Civil Veterinary Department. Central Provinces & Berar 1932-41 - 1932-1941
Year: 1932
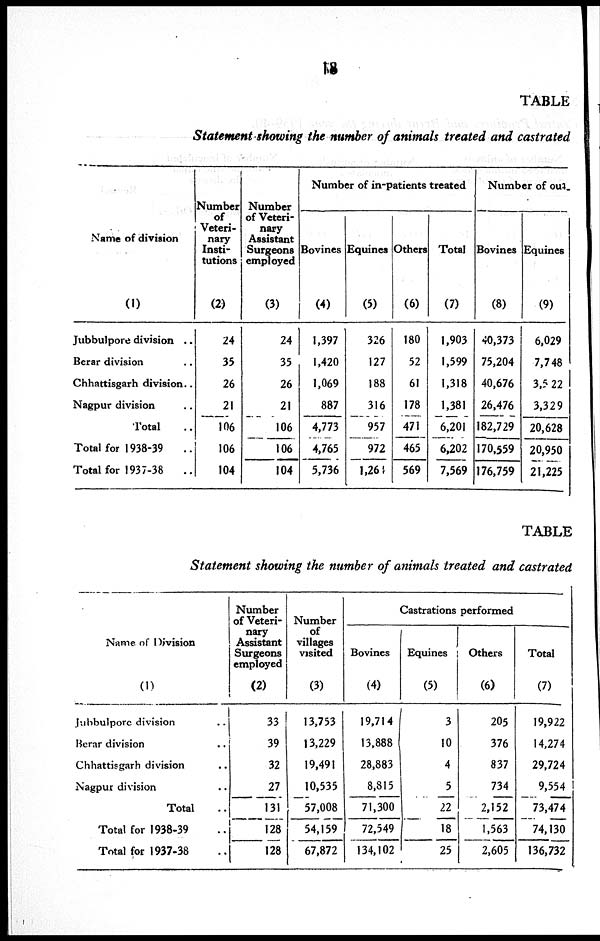
18
TABLE
Statement showing the number of animals treated and castrated
Name of division
(1)
Jubbulpore division ..
Berar division ..
Chhattisgarh division..
Nagpur division ..
Total ..
Total for 1938-39 ..
Total for 1937-38
..
Number
of
Veteri-
nary
Insti-
tutions
(2)
24
35
26
21
106
106
104
Number
of Veteri-
nary
Assistant
Surgeons
employed
(3)
24
35
26
21
106
106
104
Number of in-patients treated
Bovines
(4)
1,397
1,420
1,069
887
4,773
4,765
5,736
Equines
(5)
326
127
188
316
957
972
l,264
Others
(6)
180
52
61
178
471
465
569
Total
(7)
1,903
1,599
1,318
1,381
6,201
6,202
7,569
Number of out-
Bovines
(8)
40,373
75,204
40,676
26,476
182,729
170,559
176,759
Equines
(9)
6,029
7,748
3,5 22
3,329
20,628
20,950
21,225
TABLE
Statement showing the number of animals treated and castrated
Name of Division
(1)
Jubbulpore division ..
Berar division ..
Chhattisgarh division ..
Nagpur division ..
Total ..
Total for 1938-39 ..
Total for 1937-38 ..
Number
of Veteri-
nary
Assistant
Surgeons
employed
(2)
33
39
32
27
131
128
128
Number
of
villages
visited
(3)
13,753
13,229
19,491
10,535
57,008
54,159
67,872
Castrations performed
Bovines
(4)
19,714
13,888
28,883
8,815
71,300
72,549
134,102
Equines
(5)
3
10
4
5
22
18
25
Others
(6)
205
376
837
734
2,152
1,563
2,605
Total
(7)
19,922
14,274
29,724
9,554
73,474
74,130
136,732